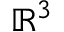
\mathbb { R } ^ { 3 }